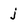
Character: j